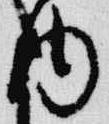
内